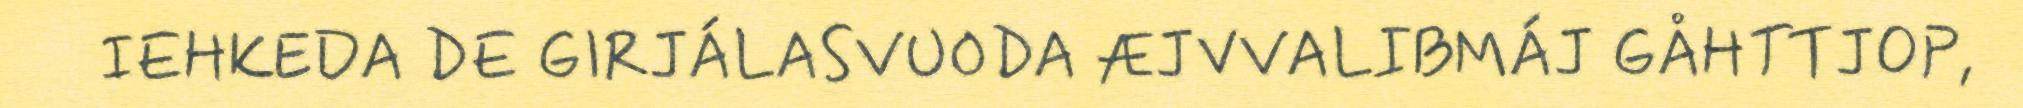
IEHKEDA DE GIRJÁLASVUODA ÆJVVALIBMÁJ GÅHTTJOP,